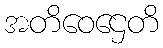
အတိဝေဌေတိ